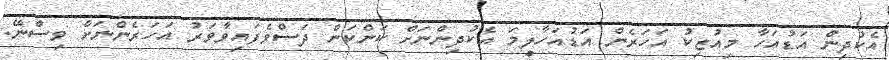
އެކުދިން އަޑުއަހާ މިއުޒިކު އަހަރެން އަޑުއަހާލީމަ އެކުދިންނަށް ކަންކަން ދަސްވެފައިވާވަރު އަހަރެންނަށް ވިސްނޭ.